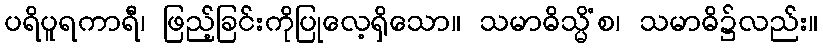
ပရိပူရကာရီ၊ ဖြည့်ခြင်းကိုပြုလေ့ရှိသော။ သမာဓိသ္မိံစ၊ သမာဓိ၌လည်း။